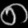
Digit: ၈